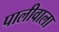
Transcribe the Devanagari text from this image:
पालीवाला